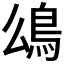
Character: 𩾮